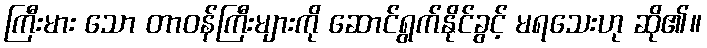
ကြီးမား သော တာဝန်ကြီးများကို ဆောင်ရွက်နိုင်ခွင့် မရသေးဟု ဆို၏။